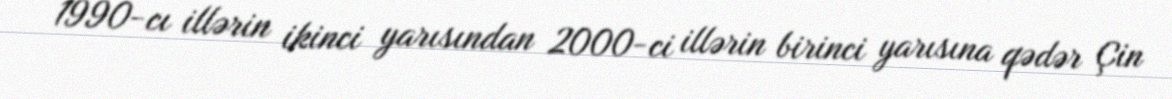
1990-cı illərin ikinci yarısından 2000-ci illərin birinci yarısına qədər Çin